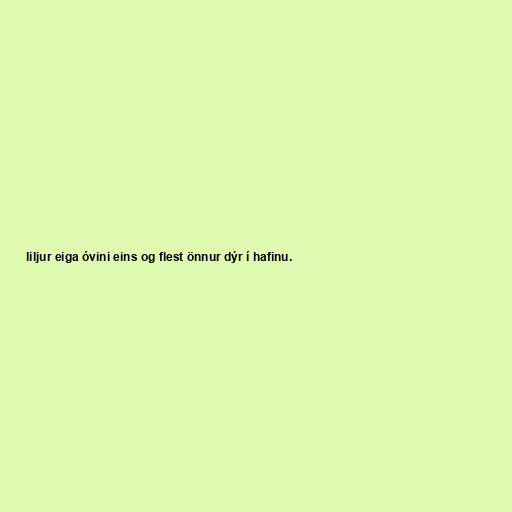
liljur eiga óvini eins og flest önnur dýr í hafinu.